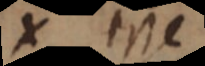
x ess